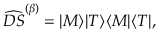
\widehat { D S } ^ { ( \beta ) } = | M \rangle | T \rangle \langle M | \langle T | ,